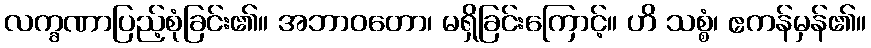
လက္ခဏာပြည့်စုံခြင်း၏။ အဘာဝတော၊ မရှိခြင်းကြောင့်။ ဟိ သစ္စံ၊ ဧကန်မှန်၏။